Lunatic asylums Madras 1877-1891 - 1877-1891
Year: 1877
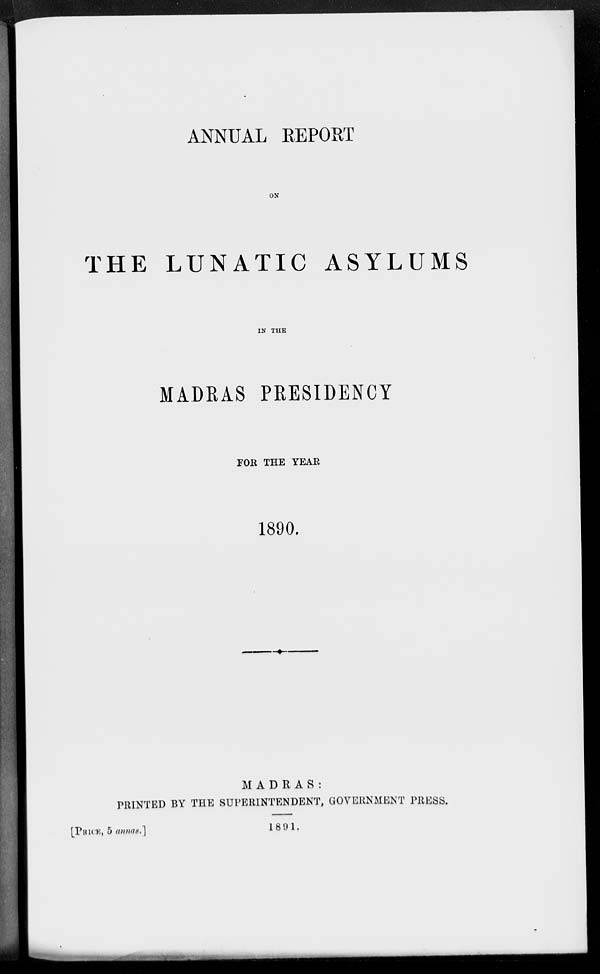
ANNUAL REPORT
ON
THE LUNATIC ASYLUMS
IN THE
MADRAS PRESIDENCY
FOR THE YEAR
1890.
MADRAS :
PRINTED BY THE SUPERINTENDENT, GOVERNMENT PRESS.
1891.
[PRICE, 5 annas.]